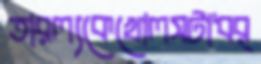
তারল্যকেখোলসটাধর্